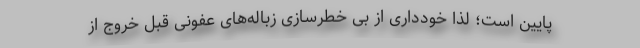
پایین است؛ لذا خودداری از بی خطرسازی زباله‌های عفونی قبل خروج از